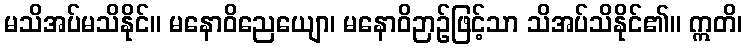
မသိအပ်မသိနိုင်။ မနောဝိညေယျော၊ မနောဝိဉာဉ်ဖြင့်သာ သိအပ်သိနိုင်၏။ ဣတိ၊